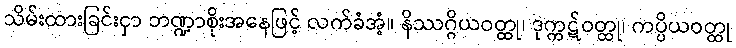
သိမ်းထားခြင်းငှာ ဘဏ္ဍာစိုးအနေဖြင့် လက်ခံအံ့။ နိဿဂ္ဂိယဝတ္ထု၊ ဒုက္ကဋ်ဝတ္ထု၊ ကပ္ပိယဝတ္ထု